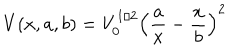
V ( x , a , b ) = V _ { 0 } ^ { 1 / 2 } \left( \frac { a } { x } - \frac { x } { b } \right) ^ { 2 }